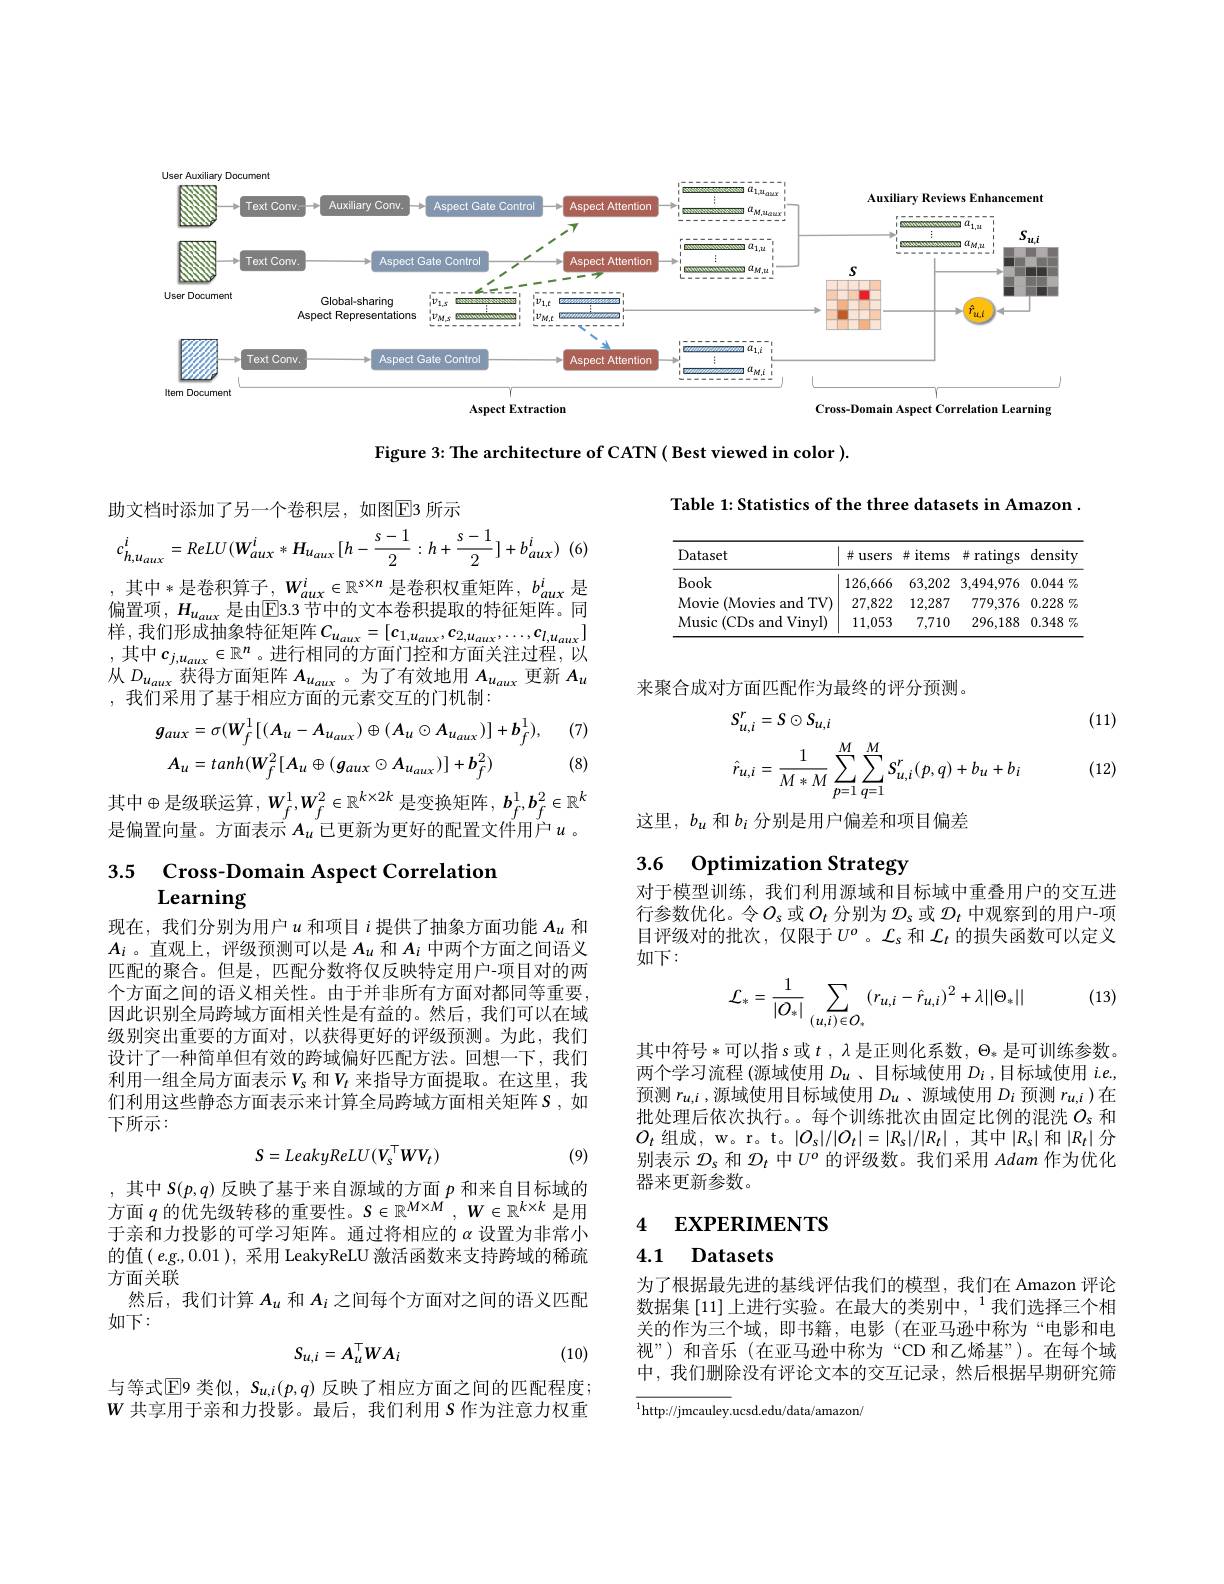
<FigureHere>

Figure 3: The architecture of CATN ( Best viewed in color ).

Table 1: Statistics of the three datasets in Amazon .

助文档时添加了另一个卷积层，如图$\boxed{\mathrm{E}}$3 所示
$$c_{h,u_{aux}}^{i}=ReLU(W_{aux}^{i}*H_{u_{aux}}[h-\frac{s-1}{2}:h+\frac{s-1}{2}]+b_{aux}^{i})$$
(6,

<table>
	<tbody>
		<tr>
			<th>Dataset</th>
			<th>井 users</th>
			<th>并 items</th>
			<th>ratings 井1</th>
			<th>density</th>
		</tr>
		<tr>
			<td>Book</td>
			<td>126,666</td>
			<td>63,202</td>
			<td>3,494,976</td>
			<td>0.044 7</td>
		</tr>
		<tr>
			<td>Movie at (Movies and TV)</td>
			<td>27,822</td>
			<td>12,287</td>
			<td>779,376</td>
			<td>0.228 7</td>
		</tr>
		<tr>
			<td>Music (CDs and Vinyl)</td>
			<td>11,053</td>
			<td>7,710</td>
			<td>296,188</td>
			<td>0.348 7</td>
		</tr>
	</tbody>
</table>

, 其中*是卷积第子$,W_aux^i\in\mathbb{R}^{s\times n}$ 是卷积权重矩阵$,b_aux^i$ 是偏置项，$H_{u_{aux}}$ 是由$\overline{\mathrm{E}}$3.3 节中的文本卷积提取的特征矩阵。同样，我们形成抽象特征矩阵$C_u_{aux}=[c_{1,u_{aux}},c_{2,u_{aux}},\ldots,c_{l,u_{aux}}]$ ,其中$c_j,u_{aux}\in\mathbb{R}^n$。进行相同的方面门控和方面关注过程，以从$D_u_{aux}$获得方面矩阵$A_u_{aux}$ 。为了有效地用$A_u_{aux}$更新$A_v$ ,我们采用了基于相应方面的元素交互的门机制：

来聚合成对方面匹配作为最终的评分预测。
$$\begin{aligned}&S_{u,i}^{r}=S\odot S_{u,i}\\&\hat{r}_{u,i}=\frac{1}{M*M}\sum_{p=1}^{M}\sum_{q=1}^{M}S_{u,i}^{r}(p,q)+b_{u}+b_{i}\end{aligned}$$
(11)

(7)
$$g_{aux}=\sigma(W_{f}^{1}[(A_{u}-A_{u_{aux}})\oplus(A_{u}\odot A_{u_{aux}})]+b_{f}^{1}),\\A_{u}=tanh(W_{f}^{2}[A_{u}\oplus(g_{aux}\odot A_{u_{aux}})]+b_{f}^{2})$$
(8)

(12)

其中$\oplus$是级联运算$,W_f^1,W_f^2\in\mathbb{R}^{k\times2k}$是变换矩阵$,\boldsymbol b_f^1,\boldsymbol b_f^2\in\mathbb{R}^k$ 是偏置向量。方面表示$A_u$已更新为更好的配置文件用户$u$ 。

这里，$b_u$和$b_i$分别是用户偏差和项目偏差

### 3.6 Optimization Strategy

$\begin{array}{ll}3.5&\text{Cross-Domain Aspect Correlation}\\&\text{Learning}\end{array}$

对于模型训练，我们利用源域和目标域中重叠用户的交互进行参数优化。令$O_s$ 或$O_t$ 分别为$\mathcal{D}_\mathrm{s}$ 或 $\mathcal{D}_t$ 中观察到的用户-项目评级对的批次，仅限于$U^o$。$\mathcal{L}_s$和$\mathcal{L}_t$的损失函数可以定义如下：
$$\mathcal{L}_{*}=\frac{1}{|O_{*}|}\sum_{(u,i)\in O_{*}}(r_{u,i}-\hat{r}_{u,i})^{2}+\lambda||\Theta_{*}||$$
(13)

现在，我们分别为用户$u$和项目$i$提供了抽象方面功能$A_u$和$A_i$ 。直观上，评级预测可以是$A_u$和$A_i$中两个方面之间语义匹配的聚合。但是，匹配分数将仅反映特定用户-项目对的两个方面之间的语义相关性。由于并非所有方面对都同等重要因此识别全局跨域方面相关性是有益的。然后，我们可以在域级别突出重要的方面对，以获得更好的评级预测。为此，我们设计了一种简单但有效的跨域偏好匹配方法。回想一下，我们利用一组全局方面表示$V_\mathrm{s}$ 和$V_t$ 来指导方面提取。在这里，我们利用这些静态方面表示来计算全局跨域方面相关矩阵$S$, 如下所示：
$$S=LeakyReLU(V_s^\top WV_t)$$
其中符号*可以指 s 或 $t,\lambda$ 是正则化系数 $,\Theta_*$ 是可训练参数。两个学习流程 (源域使用$D_u$ 、目标域使用$D_i$ ,目标域使用$i.e.$, 预测$r_{u,i}$ ,源域使用目标域使用$D_u$ 、源域使用$D_i$预测$r_u,i$ )在批处理后依次执行。。每个训练批次由固定比例的混洗$O_s$和$O_t$ 组成，w。r。t。$|O_s|/|O_t|=|R_s|/|R_t|$,其中$|R_s|$和$|R_t|$分别表示$\mathcal{D}_\mathrm{s}$和$\mathcal{D}_t$中$U^o$的评级数。我们采用Adam作为优化器来更新参数。

(9)

### 4 EXPERIMENTS

4.1 Datasets

,其中$S(p,q)$反映了基于来自源域的方面$p$和来自目标域的方面$q$的优先级转移的重要性。$S\in\mathbb{R}^M\times M,W\in\mathbb{R}^{k\times k}$是用于亲和力投影的可学习矩阵。通过将相应的$\alpha$设置为非常小的值( e.g., 0.01 ), 采用 LeakyReLU 激活函数来支持跨域的稀疏方面关联
然后，我们计算$A_u$和$A_i$之间每个方面对之间的语义匹配
如下：
$$S_{u,i}=A_u^\top WA_i$$
为了根据最先进的基线评估我们的模型，我们在 Amazon 评论数据集 [11] 上进行实验。在最大的类别中，$^1$我们选择三个相关的作为三个域，即书籍，电影(在亚马逊中称为“电影和电视”)和音乐(在亚马逊中称为“CD 和乙烯基”)。在每个域中，我们删除没有评论文本的交互记录，然后根据早期研究筛

(10)

与等式$\mathbb{E}$9 类似，$S_{u,i}(p,q)$ 反映了相应方面之间的匹配程度； $W$共享用于亲和力投影。最后，我们利用$S$作为注意力权重

${\overline{^{1}\mathrm{http://jmcauley.}}}$ucsd.edu/data/amazon